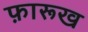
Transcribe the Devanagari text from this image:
फ़ारूख